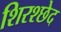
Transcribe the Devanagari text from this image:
शिरश्छेद